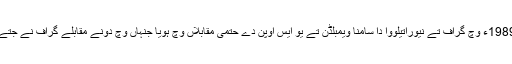
1989ء وچ گراف تے نیوراتیلووا دا سامنا ویمبلڈن تے یو ایس اوپن دے حتمی مقابلاں وچ ہويا جنہاں وچ دونے مقابلے گراف نے جتے۔